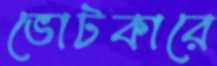
ভোটকারে